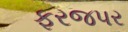
ફરજપર